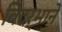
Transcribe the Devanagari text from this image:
विदर्भाने